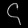
Digit: ၄